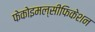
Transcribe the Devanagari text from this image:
फेकोइमल्सीफिकेशन